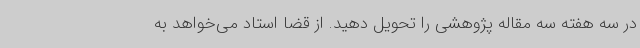
در سه هفته سه مقاله پژوهشی را تحویل دهید. از قضا استاد می‌خواهد به